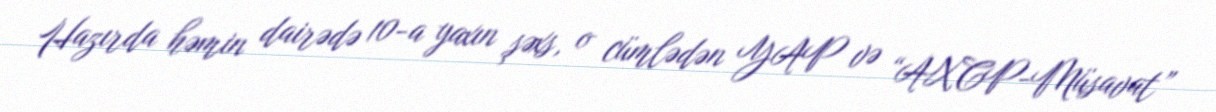
Hazırda həmin dairədə 10-a yaxın şəxs, o cümlədən YAP və “AXCP-Müsavat”